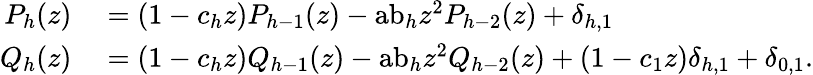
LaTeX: \begin{array}{rl}{P_{h}(z)}&{{}=(1-c_{h}z)P_{h-1}(z)-{\mathrm{ab}}_{h}z^{2}P_{h-2}(z)+\delta_{h,1}}\\ {Q_{h}(z)}&{{}=(1-c_{h}z)Q_{h-1}(z)-{\mathrm{ab}}_{h}z^{2}Q_{h-2}(z)+(1-c_{1}z)\delta_{h,1}+\delta_{0,1}.}\end{array}